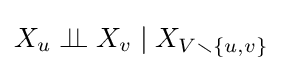
X_{u}\perp \!\!\!\perp X_{v}\mid X_{V\smallsetminus \{u,v\}}